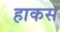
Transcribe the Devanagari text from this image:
हाकस